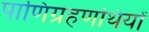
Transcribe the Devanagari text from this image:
पाणिग्रहणथियों